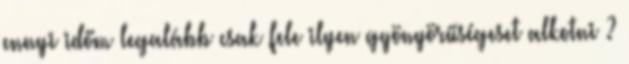
ennyi időm legalább csak fele ilyen gyönyörűségeset alkotni ?